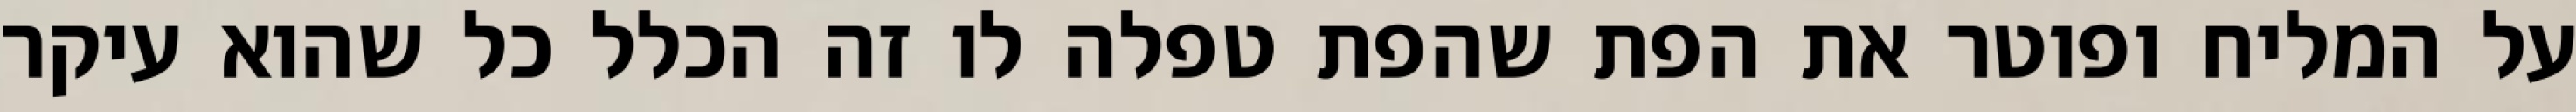
על המליח ופוטר את הפת שהפת טפלה לו זה הכלל כל שהוא עיקר